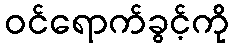
ဝင်ရောက်ခွင့်ကို